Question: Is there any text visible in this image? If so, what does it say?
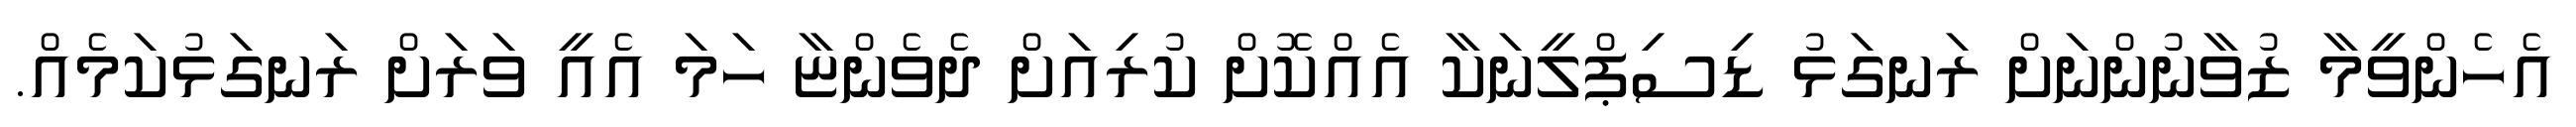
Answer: އެހެންވީމާ ޒުވާނުންނަށް ރަނގަޅު ޑިސިޕްލީނަކާ އެއްކޮށް ކުރިއަށް ދެވެންޏާ ހަމަ އެއީ ވަރަށް ރަނގަޅުކަމެއް.